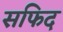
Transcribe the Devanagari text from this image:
सफिद